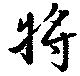
將